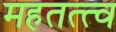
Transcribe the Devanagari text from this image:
महतत्त्व